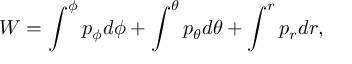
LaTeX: W = \int ^ { \phi } p _ { \phi } d \phi + \int ^ { \theta } p _ { \theta } d \theta + \int ^ { r } p _ { r } d r ,